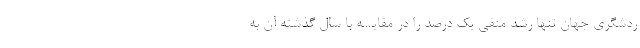
ردشگری جهان تنها رشد منفی یک درصد را در مقایسه با سال گذشته آن به